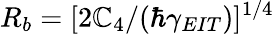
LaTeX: R_{b}=[2\mathbb{C}_{4}/(\hbar\gamma_{EIT})]^{1/4}